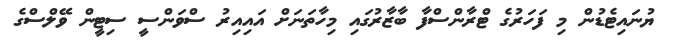
ޔުނައިޓެޑުން މި ފަހަރުގެ ޓްރާންސްފާ ބާޒާރުގައި މިހާތަނަށް އައިއިރު ސްވަންސީ ސިޓީން ވޭލްސްގެ